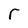
Character: r